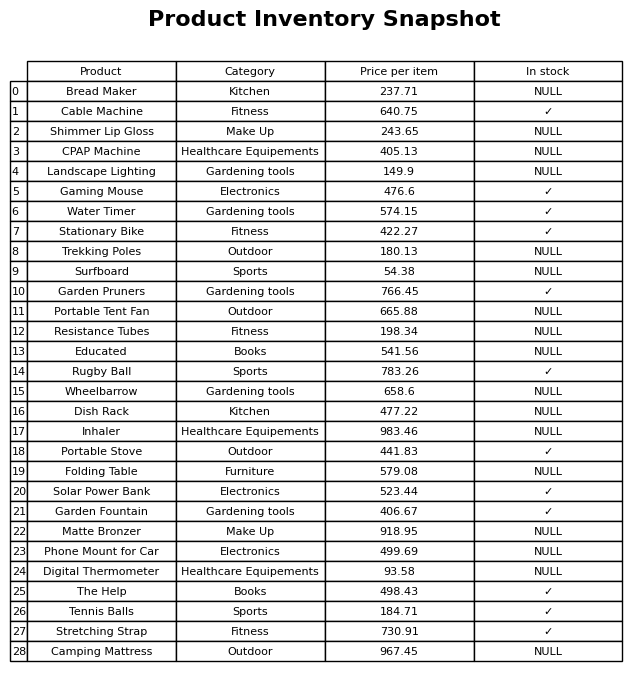
question: What is the price of the Dish Rack?
answer: The price of Dish Rack is 477.22.